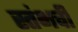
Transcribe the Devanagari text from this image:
स्तंभची